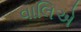
વાલિએ